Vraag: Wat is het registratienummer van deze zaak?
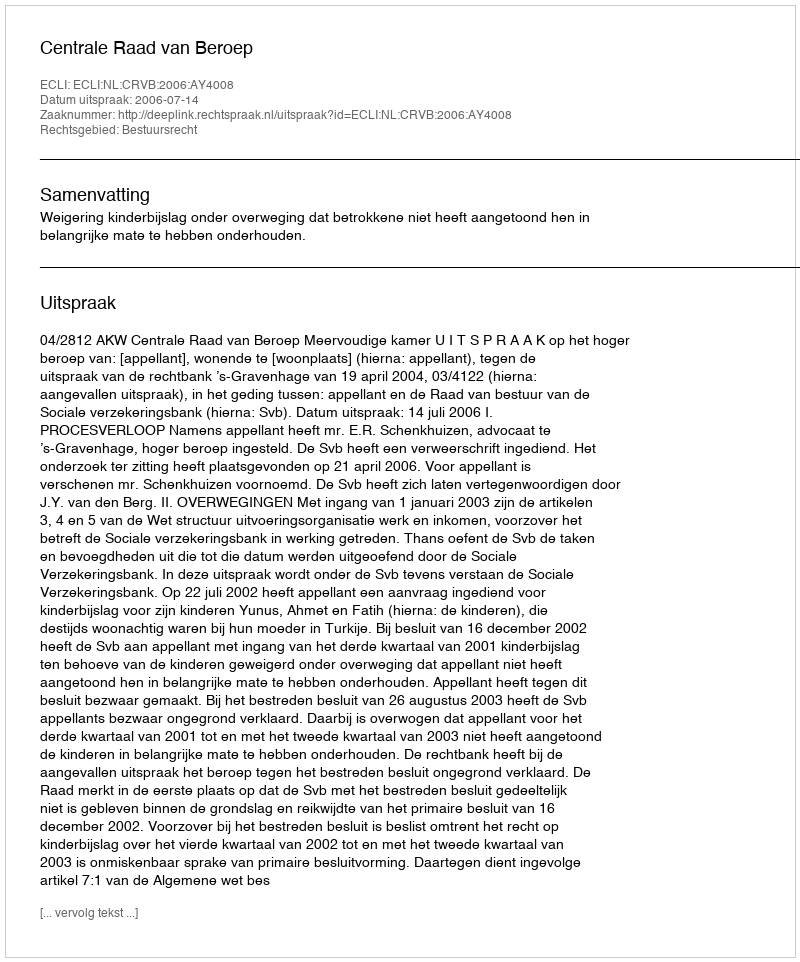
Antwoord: http://deeplink.rechtspraak.nl/uitspraak?id=ECLI:NL:CRVB:2006:AY4008